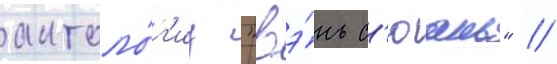
антоло́г'иу "вэ́нь с'юань" //